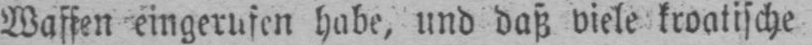
Waffen eingerufen habe, und daß viele kroatische